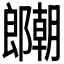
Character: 𫑱